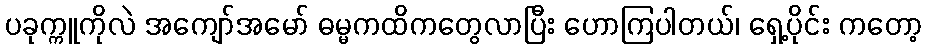
ပခုက္ကူကိုလဲ အကျော်အမော် ဓမ္မကထိကတွေလာပြီး ဟောကြပါတယ်၊ ရှေ့ပိုင်း ကတော့